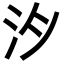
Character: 𪵯